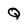
Character: Q